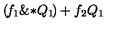
\left( \! { { f } _ { 1 } } \mathrm { \& * } { { Q } _ { 1 } } \! \right) + { { f } _ { 2 } } { { Q } _ { 1 } }